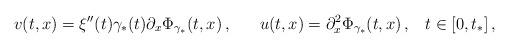
LaTeX: \begin{align*} v(t,x) = \xi''(t)\gamma_*(t)\partial_x\Phi_{\gamma_*}(t,x)\,,\;\;\;\;\;\; u(t,x) = \partial_x^2\Phi_{\gamma_*}(t,x)\, ,\;\;\; t\in[0,t_*]\, , \end{align*}